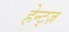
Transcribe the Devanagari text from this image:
हेन्ट्ज़